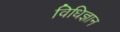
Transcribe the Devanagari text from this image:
विधिज्ञान